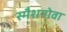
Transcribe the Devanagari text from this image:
स्मैशनोवा